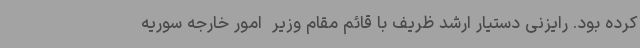
کرده بود. رایزنی دستیار ارشد ظریف با قائم مقام وزیر  امور خارجه سوریه